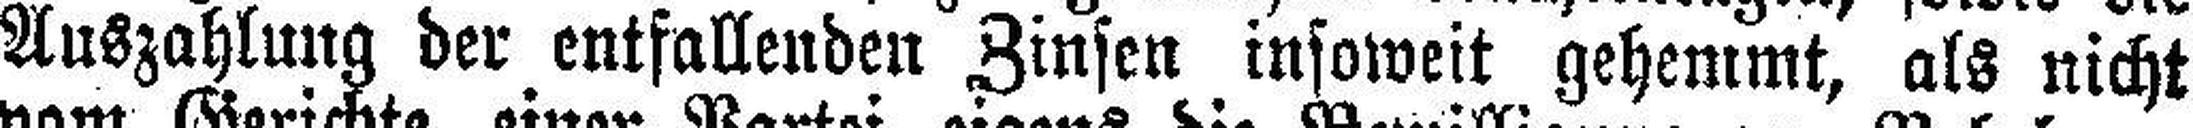
Auszahlung der entfallenden Zinsen insoweit gehemmt, als nicht